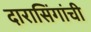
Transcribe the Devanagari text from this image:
दारासिंगांची